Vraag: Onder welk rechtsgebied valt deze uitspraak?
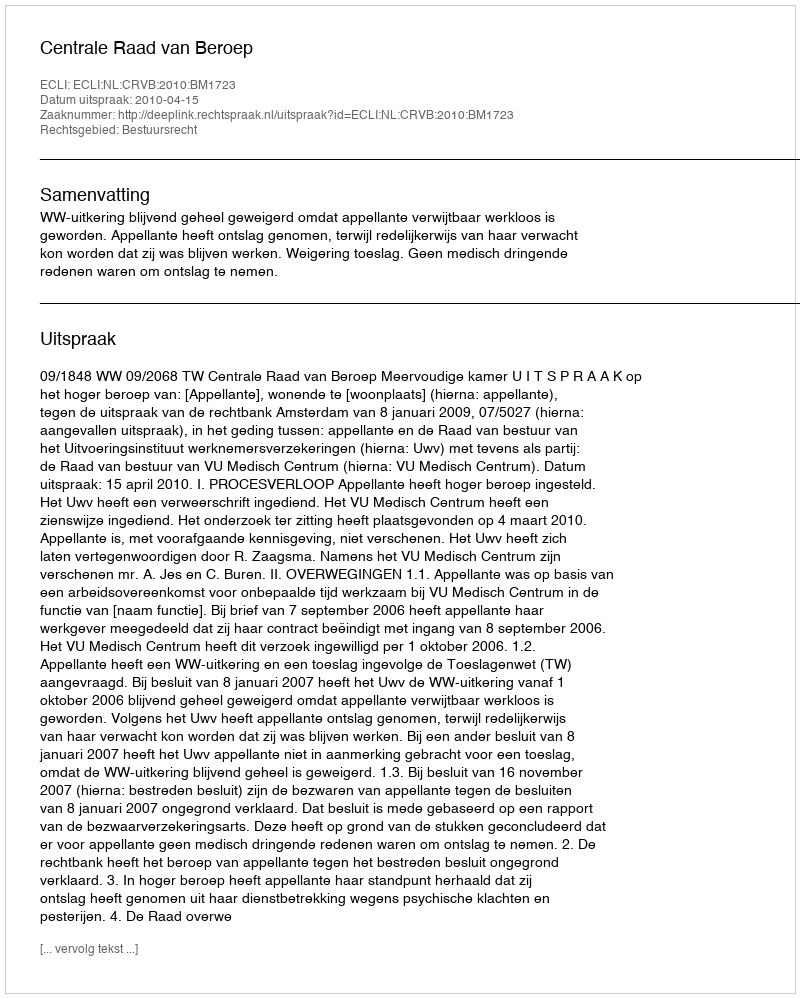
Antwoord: Bestuursrecht